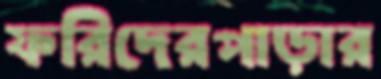
ফরিদেরপাড়ার